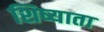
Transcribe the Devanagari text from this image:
शिष्याता